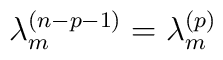
\lambda_{m}^{(n-p-1)} = \lambda_{m}^{(p)}